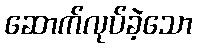
ဆောက်လုပ်ခဲ့သော